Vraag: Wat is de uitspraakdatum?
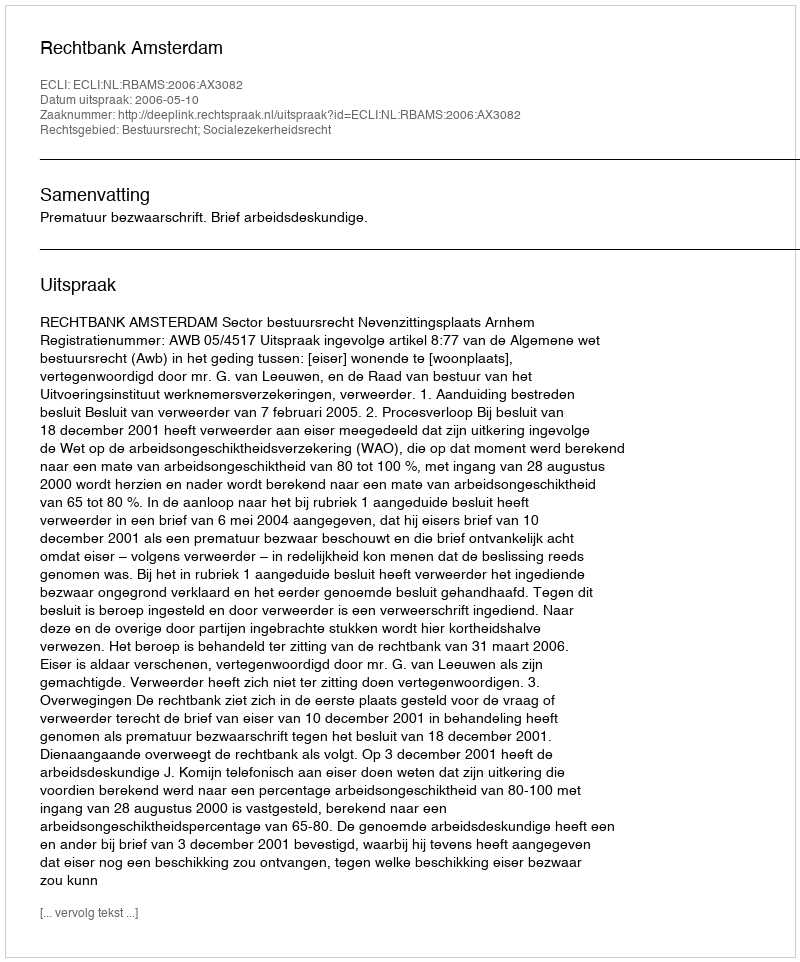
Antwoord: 2006-05-10